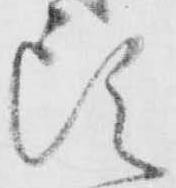
頭